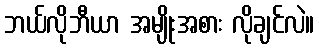
ဘယ်လိုဘီယာ အမျိုးအစား လိုချင်လဲ။